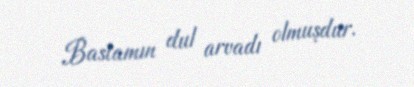
Bastamın dul arvadı olmuşdur.